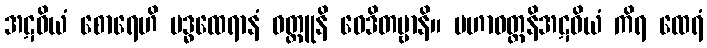
အဋဝိယံ စောရေဟိ ဗဒ္ဓထေရာနံ ဝတ္ထူနိ ဝေဒိတဗ္ဗာနိ။ မဟာဝတ္တနိအဋဝိယံ ကိရ ထေရံ